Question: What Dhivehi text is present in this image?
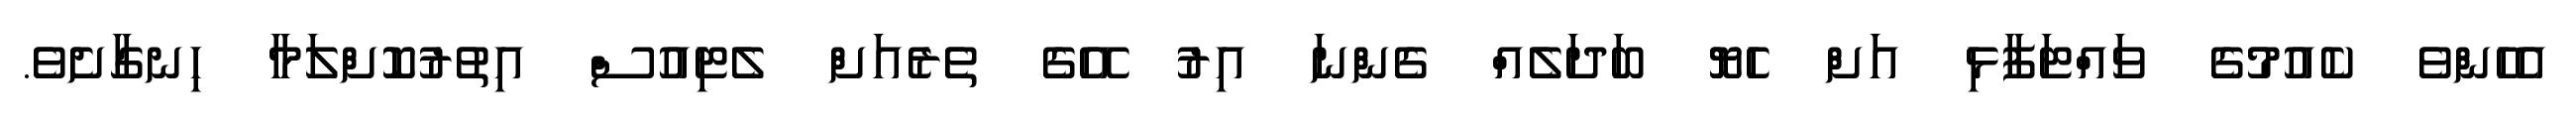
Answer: އެހެންވެ ކެއުމުގެ ވައްޓަފާޅި އަށް ހެޔޮ ބަދަލެއް ގެންނަ އިރު އޭގެ ތެރެއަށް ލެޓިއުސް އިތުރުކޮށްލަމާ ހިނގާށެވެ.